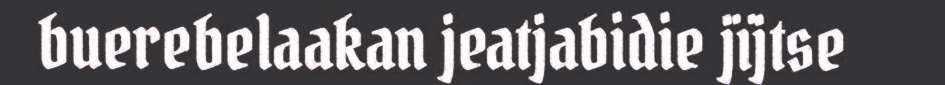
buerebelaakan jeatjabidie jïjtse